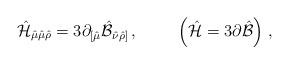
LaTeX: \begin{align*}\hat{\cal H}_{\hat{\mu}\hat{\mu}\hat{\rho}}=3\partial_{[\hat{\mu}}\hat{\cal B}_{\hat{\nu}\hat{\rho}]}\, , \hspace{1cm}\left(\hat{\cal H}=3\partial\hat{\cal B}\right)\, ,\end{align*}